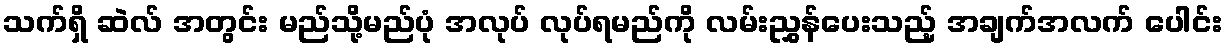
သက်ရှိ ဆဲလ် အတွင်း မည်သို့မည်ပုံ အလုပ် လုပ်ရမည်ကို လမ်းညွှန်ပေးသည့် အချက်အလက် ပေါင်း